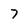
Character: 7